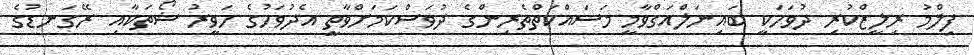
ފިލްމު ރިލީޒްކުރި ދުވަހަކީ ބައިނަލްއަގްވާމީ މަސައްކަތްތެރިންގެ ދުވަސްކަމަށްވާތީ އެދުވަހުގެ ހަވީރު ޝޯތަކާއި ރޭގަނޑުގެ